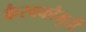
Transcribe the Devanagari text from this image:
कैरवकौमुदी